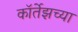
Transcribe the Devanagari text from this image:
कॉर्तेझच्या